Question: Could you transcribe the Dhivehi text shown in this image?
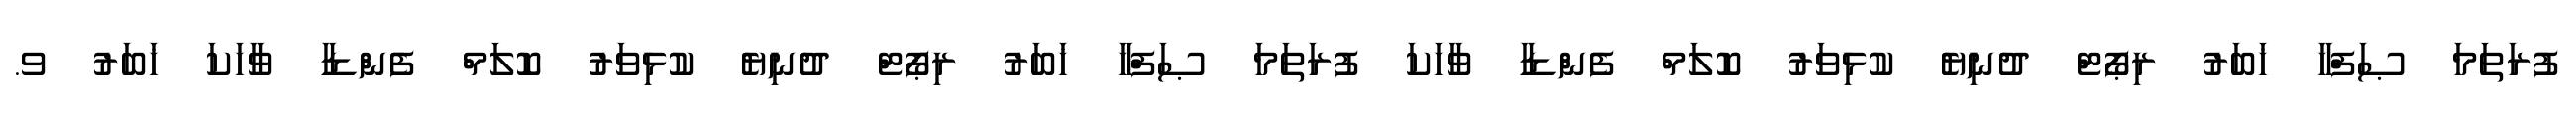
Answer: ފުރަތަމަ ޞަފްހާ ޚަބަރު ރިޕޯޓް ދުނިޔެ ކުޅިވަރު ކޮލަމް ފެންޑާ ވާހަކަ ފުރަތަމަ ޞަފްހާ ޚަބަރު ރިޕޯޓް ދުނިޔެ ކުޅިވަރު ކޮލަމް ފެންޑާ ވާހަކަ ޚަބަރު ވ.